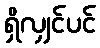
ရှိလျှင်ပင်